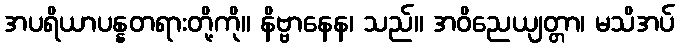
အပရိယာပန္နတရားတို့ကို။ နိဗ္ဗာနေန၊ သည်။ အဝိညေယျတ္တာ၊ မသိအပ်